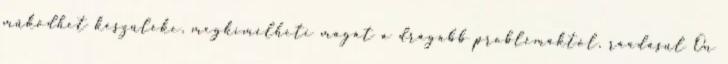
működhet készüléke, megkímélheti magát a drágább problémáktól, ráadásul Ön